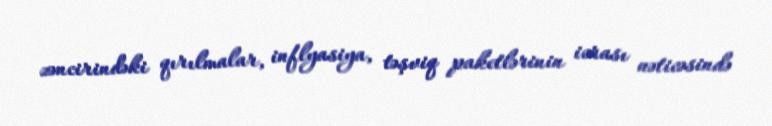
zəncirindəki qırılmalar, inflyasiya, təşviq paketlərinin icrası nəticəsində